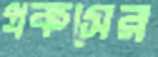
প্রকসের